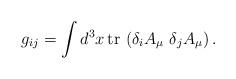
LaTeX: \begin{align*}g_{ij} = \int d^3x \,{\rm tr}\, \left(\delta_i A_\mu \,\,\delta_j A_\mu \right) .\end{align*}